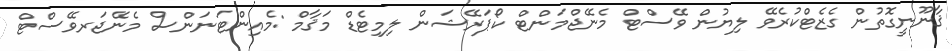
ޤާނޫނީގޮތުން ގެޒެޓްކުރެވޭ ލިޔުން ވޭސްޓް މެނޭޖްމަންޓް ކޯޕަރޭޝަން ލިމިޓެޑް މަޤާމް :މެއިންޓަނަންސް މެނޭޖަރވޭސްޓް